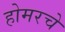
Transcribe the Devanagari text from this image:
होमरचे